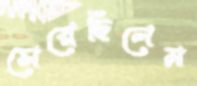
সেরেছিলেম